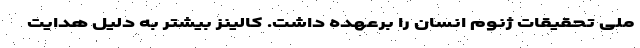
ملی تحقیقات ژنوم انسان را برعهده داشت. کالینز بیشتر به دلیل هدایت